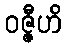
ဝဇ္ဇီဟိ